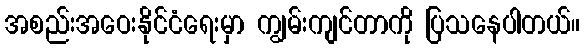
အစည်းအဝေးနိုင်ငံရေးမှာ ကျွမ်းကျင်တာကို ပြသနေပါတယ်။